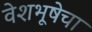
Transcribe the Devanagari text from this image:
वेशभूषेचा